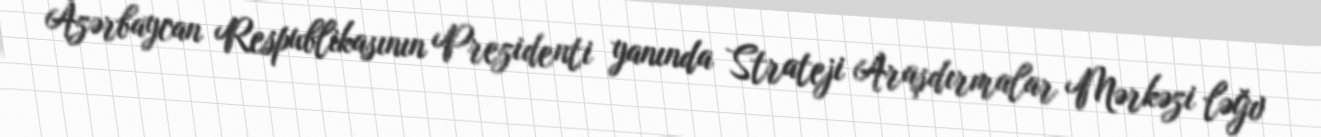
Azərbaycan Respublikasının Prezidenti yanında Strateji Araşdırmalar Mərkəzi ləğv